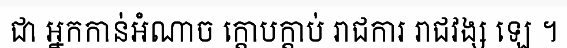
ជា អ្នកកាន់អំណាច ក្តោបក្តាប់ រាជការ រាជវង្ស ឡេ ។